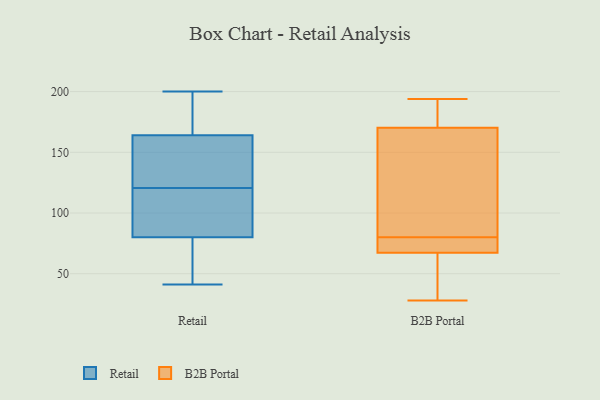
{"axis": {"x": "Humidity (%)", "y": "Value"}, "legend": ["B2B Portal", "Retail"], "data": [{"x": "", "y": 98, "type": "Retail"}, {"x": "", "y": 106, "type": "Retail"}, {"x": "", "y": 171, "type": "Retail"}, {"x": "", "y": 115, "type": "Retail"}, {"x": "", "y": 96, "type": "Retail"}, {"x": "", "y": 146, "type": "Retail"}, {"x": "", "y": 47, "type": "Retail"}, {"x": "", "y": 41, "type": "Retail"}, {"x": "", "y": 92, "type": "Retail"}, {"x": "", "y": 68, "type": "Retail"}, {"x": "", "y": 198, "type": "Retail"}, {"x": "", "y": 144, "type": "Retail"}, {"x": "", "y": 172, "type": "Retail"}, {"x": "", "y": 59, "type": "Retail"}, {"x": "", "y": 126, "type": "Retail"}, {"x": "", "y": 197, "type": "Retail"}, {"x": "", "y": 200, "type": "Retail"}, {"x": "", "y": 62, "type": "Retail"}, {"x": "", "y": 134, "type": "Retail"}, {"x": "", "y": 157, "type": "Retail"}, {"x": "", "y": 174, "type": "B2B Portal"}, {"x": "", "y": 62, "type": "B2B Portal"}, {"x": "", "y": 77, "type": "B2B Portal"}, {"x": "", "y": 169, "type": "B2B Portal"}, {"x": "", "y": 150, "type": "B2B Portal"}, {"x": "", "y": 73, "type": "B2B Portal"}, {"x": "", "y": 187, "type": "B2B Portal"}, {"x": "", "y": 69, "type": "B2B Portal"}, {"x": "", "y": 80, "type": "B2B Portal"}, {"x": "", "y": 61, "type": "B2B Portal"}, {"x": "", "y": 103, "type": "B2B Portal"}, {"x": "", "y": 194, "type": "B2B Portal"}, {"x": "", "y": 28, "type": "B2B Portal"}]}